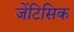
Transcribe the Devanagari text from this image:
जेंटिसिक